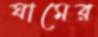
ঘামের